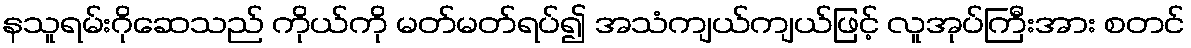
နသူရမ်းဂိုဆေသည် ကိုယ်ကို မတ်မတ်ရပ်၍ အသံကျယ်ကျယ်ဖြင့် လူအုပ်ကြီးအား စတင်